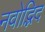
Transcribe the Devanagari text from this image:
नवोद्भिद